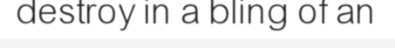
destroy in a bling of an